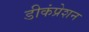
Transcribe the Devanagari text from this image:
डीकंप्रेशन